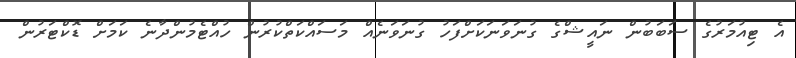
އެ ޓިއުމަރުގެ ސަބަބުން ނައީޝްގެ ގުނަވަނަކަށްފަހު ގުނަވަނެއް މަސައްކަތްކުރުން ހުއްޓެމުންދާނެ ކަމަށް ޑޮކްޓަރުން